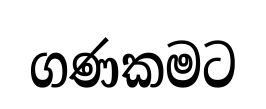
ගණකමට